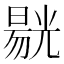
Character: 𱏭